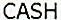
CASH